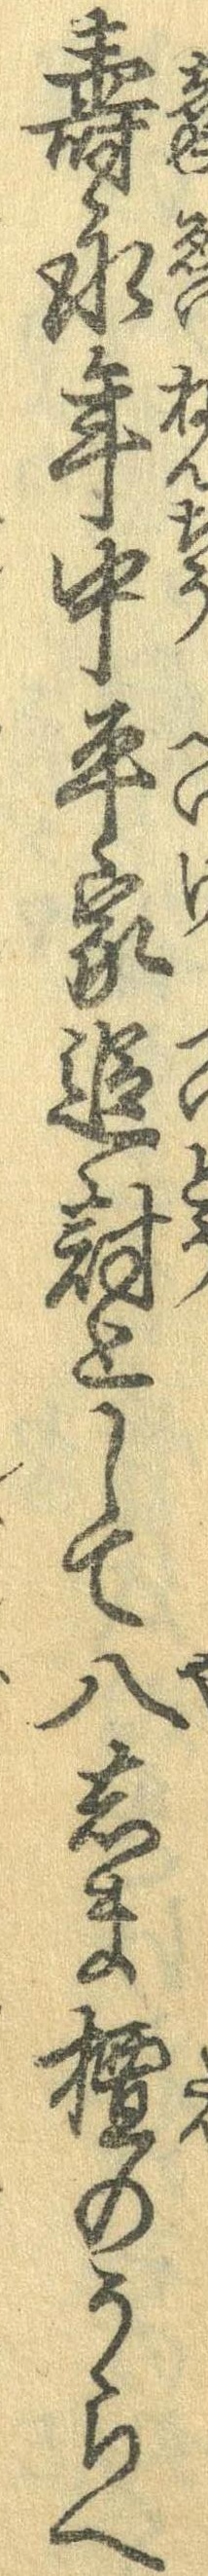
寿永年中平家追討として八しま檀のうらへ